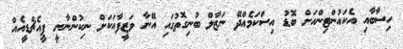
ހިސާބާއި އެކައުންޓިންއަށް ބޮޑު އިސްކަމެއްދޭ ނަޒާލް ބުނިގޮތުގައި އޭނާ ވަޒީފާއަކަށް ނިކުންނާނީ ޕީއެޗްޑީއެއް